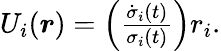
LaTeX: \begin{array}{r}{U_{i}(\boldsymbol{r})=\left(\frac{\dot{\sigma}_{i}(t)}{\sigma_{i}(t)}\right)r_{i}.}\end{array}